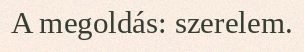
A megoldás: szerelem.